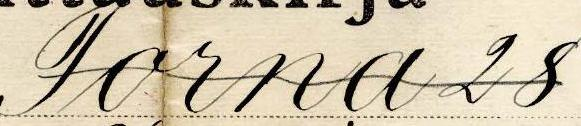
Torna 28